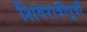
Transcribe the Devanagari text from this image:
शिवरात्रीपूर्वी